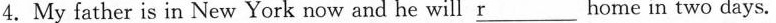
4.My father is in New York now and he will \underline{r}home in two days.